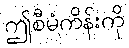
ဤစီမံကိန်းကို